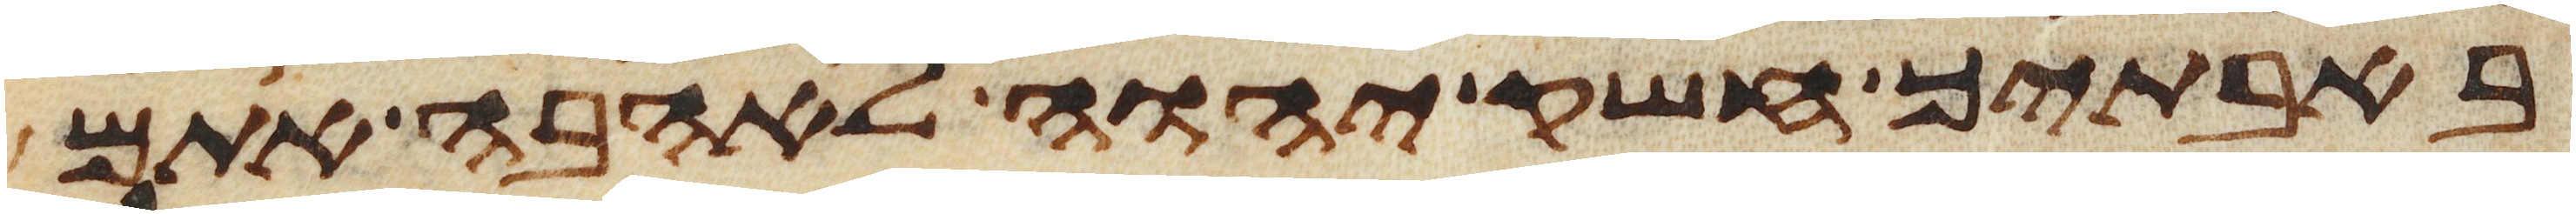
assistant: באבתיך חשק יהוה לאהבה אתם